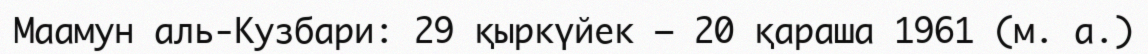
Маамун аль-Кузбари: 29 қыркүйек — 20 қараша 1961 (м. а.)